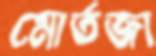
মোর্তজা